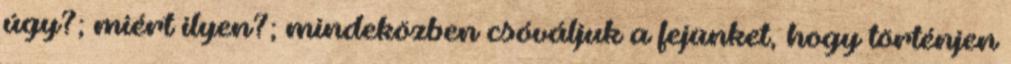
úgy?; miért ilyen?; mindeközben csóváljuk a fejünket, hogy történjen